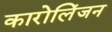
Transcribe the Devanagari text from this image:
कारोलिंजन